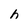
Character: h